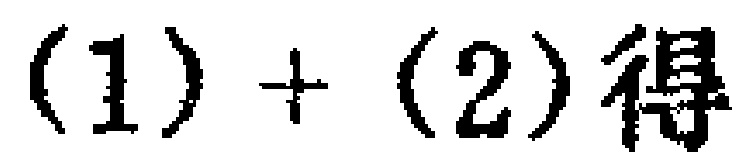
$(1)+(2)\text{得}$